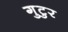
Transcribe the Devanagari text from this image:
गुटुर